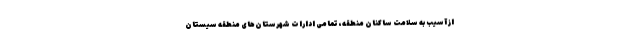
از آسیب به سلامت ساکنان منطقه، تمامی ادارات شهرستان‌های منطقه سیستان